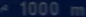
1000 m